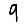
Digit: 9